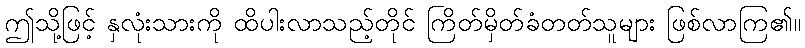
ဤသို့ဖြင့် နှလုံးသားကို ထိပါးလာသည့်တိုင် ကြိတ်မှိတ်ခံတတ်သူများ ဖြစ်လာကြ၏။